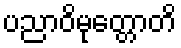
ပညာဝိမုတ္တောတိ